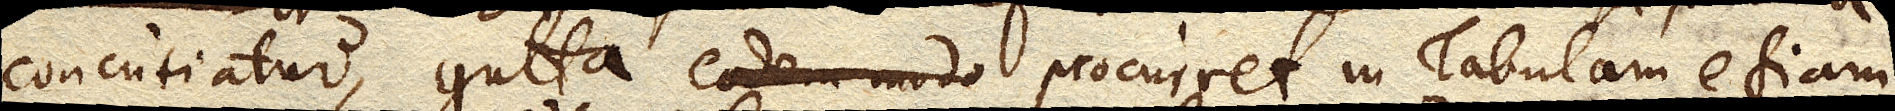
concutiatur, gutta eodem modo procurret in Tabulam etiam